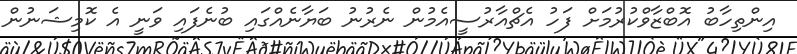
އިންތިހާބު އޮބްޒާވްކުރުމަށް ފަހު އެޗްއާރުސީއެމުން ނެރުނު ބަޔާނެއްގައި ބުނެފައި ވަނީ އެ ކޮމިޝަނުން